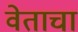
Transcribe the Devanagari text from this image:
वेताचा